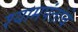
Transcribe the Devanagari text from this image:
श्यामपंतांचे